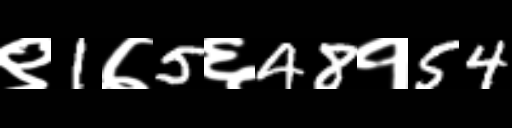
Text: ९1७5६48१54